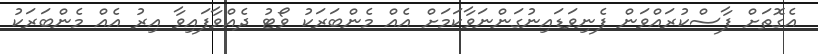
އެގޮތަށް ފާސްކުރައްވަން ފެނިވަޑައިނުގަންނަވާކަމަށް އެއް މެންބަރަކު ވޯޓު ދެއްވާފައިވާ އިރު އެއް މެންބަރަކު